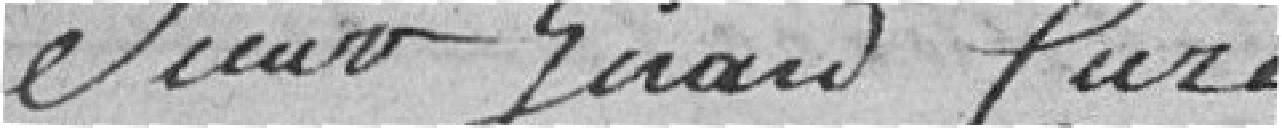
Sieur Girard  Curé